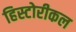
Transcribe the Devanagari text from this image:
हिस्टोरीकल